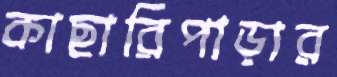
কাছারিপাড়ার